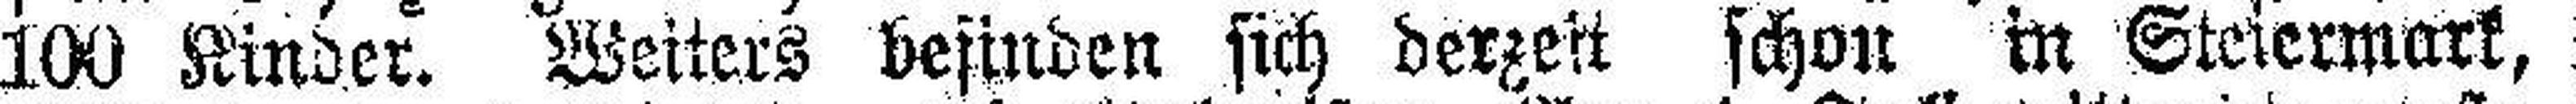
100 Kinder. Weiters befinden sich derzeit schon in Steiermark,